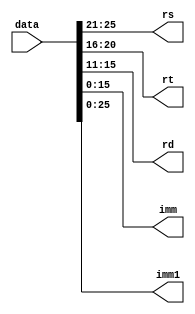
module splitter(
input [31:0]data,
output wire [4:0]rs,
output wire [4:0]rt,
output wire [4:0]rd,
output wire [15:0]imm,
output wire [25:0]imm1
);
/*always@(*)begin
rs={data[25:21]};
rt={data[20:16]};
rd={data[15:11]};
imm={data[15:0]};
imm1={data[25:0]};
end*/
assign rs={data[25:21]};
assign rt={data[20:16]};
assign rd={data[15:11]};
assign imm={data[15:0]};
assign imm1={data[25:0]};
endmodule